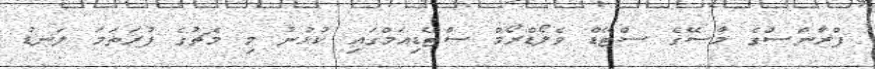
ފްރާންސްގެ މާސޭގެ ސްޓޭޑް ވެލޯޑްރޯމް ސްޓޭޑިއަމްގައި ކުޅުނު މި މެޗުގެ ފުރަތަމަ ލަނޑު